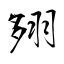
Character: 翗